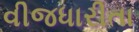
વીજધારીતા